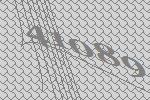
41089